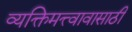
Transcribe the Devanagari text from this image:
व्यक्तिमत्त्वावासाठी